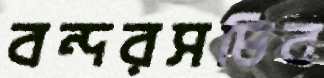
বন্দরসচিব